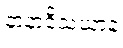
နာနာဝိသယာနံ